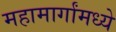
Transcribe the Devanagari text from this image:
महामार्गांमध्ये